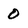
Character: 0